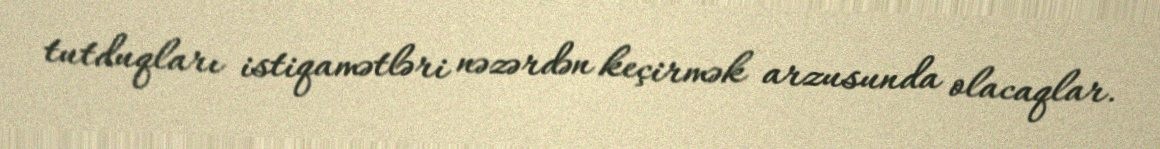
tutduqları istiqamətləri nəzərdən keçirmək arzusunda olacaqlar.